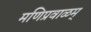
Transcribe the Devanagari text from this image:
मणिप्रवाळम्